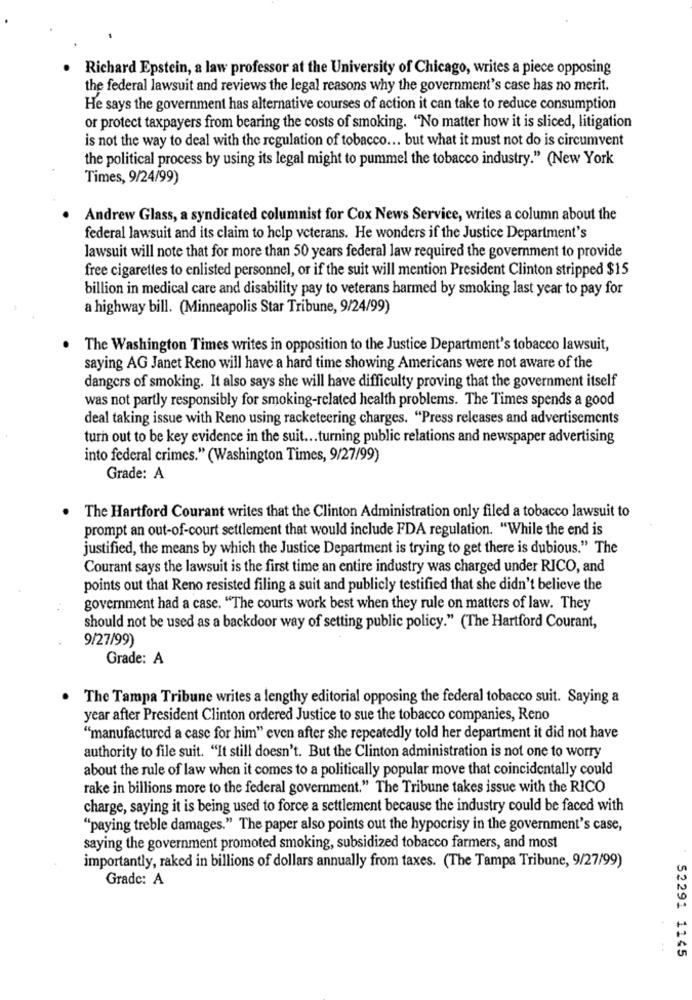
Richard Epstein, a law professor at the University of Chicago, writes a piece opposing
the federal lawsuit and reviews the legal reasons why the government's case has no merit.
He says the government has alternative courses of action it can take to reduce consumption
or protect taxpayers from bearing the costs of smoking. "No matter how it is sliced, litigation
is not the way to deal with the regulation of tobacco ... but what it must not do is circumvent
the political process by using its legal might to pummel the tobacco industry." (New York
Times, 9/24/99)
Andrew Glass, a syndicated columnist for Cox News Service, writes a column about the
federal lawsuit and its claim to help veterans. He wonders if the Justice Department's
lawsuit will note that for more than 50 years federal law required the government to provide
free cigarettes to enlisted personnel, or if the suit will mention President Clinton stripped $15
billion in medical care and disability pay to veterans harmed by smoking last year to pay for
a highway bill. (Minneapolis Star Tribune, 9/24/99)
.
The Washington Times writes in opposition to the Justice Department's tobacco lawsuit,
saying AG Janet Reno will have a hard time showing Americans were not aware of the
dangers of smoking. It also says she will have difficulty proving that the government itself
was not partly responsibly for smoking-related health problems. The Times spends a good
deal taking issue with Reno using racketeering charges. "Press releases and advertisements
turn out to be key evidence in the suit ... turning public relations and newspaper advertising
into federal crimes." (Washington Times, 9/27/99)
Grade: A
The Hartford Courant writes that the Clinton Administration only filed a tobacco lawsuit to
prompt an out-of-court settlement that would include FDA regulation. "While the end is
justified, the means by which the Justice Department is trying to get there is dubious." The
Courant says the lawsuit is the first time an entire industry was charged under RICO, and
points out that Reno resisted filing a suit and publicly testified that she didn't believe the
government had a case. "The courts work best when they rule on matters of law. They
should not be used as a backdoor way of setting public policy." (The Hartford Courant,
9/27/99)
Grade: A
The Tampa Tribune writes a lengthy editorial opposing the federal tobacco suit. Saying a
year after President Clinton ordered Justice to sue the tobacco companies, Reno
"manufactured a case for him" even after she repeatedly told her department it did not have
authority to file suit. "It still doesn't. But the Clinton administration is not one to worry
about the rule of law when it comes to a politically popular move that coincidentally could
rake in billions more to the federal government." The Tribune takes issue with the RICO
charge, saying it is being used to force a settlement because the industry could be faced with
"paying treble damages." The paper also points out the hypocrisy in the government's case,
saying the government promoted smoking, subsidized tobacco farmers, and most
importantly, raked in billions of dollars annually from taxes. (The Tampa Tribune, 9/27/99)
Grade: A
52291 1145